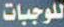
للوجبات